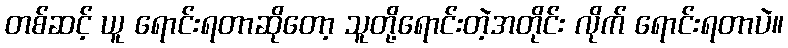
တစ်ဆင့် ယူ ရောင်းရတာဆိုတော့ သူတို့ရောင်းတဲ့အတိုင်း လိုက် ရောင်းရတာပဲ။